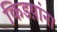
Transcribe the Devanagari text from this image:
किडय़ांना